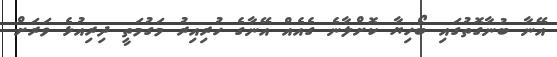
އޭނާ ބުނާގޮތުގައި ބޯހިޔާ ކޮށްލާނެ ގެއެއް އޭނާގެ ހުރިއިރު މަގުމަތީ ދިރިއުޅެ ވަރަށް